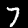
Label: 7